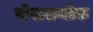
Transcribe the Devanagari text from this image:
पोखराथोक